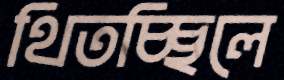
থিতচ্ছিলে